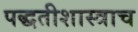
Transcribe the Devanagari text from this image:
पद्धतीशास्त्राच